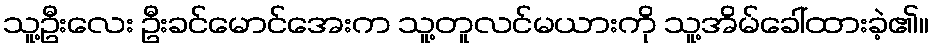
သူ့ဦးလေး ဦးခင်မောင်အေးက သူ့တူလင်မယားကို သူ့အိမ်ခေါ်ထားခဲ့၏။